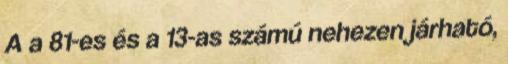
A a 81-es és a 13-as számú nehezen járható,